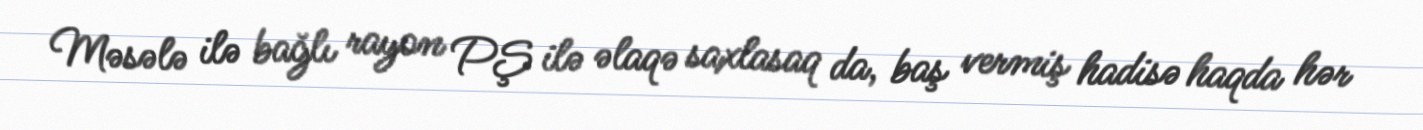
Məsələ ilə bağlı rayon PŞ ilə əlaqə saxlasaq da, baş vermiş hadisə haqda hər